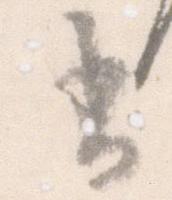
書